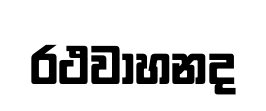
රථවාහනද